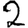
Digit: 2